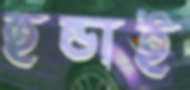
হুন্ডাই